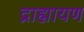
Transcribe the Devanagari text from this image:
द्राह्मायण